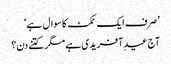
’صرف ایک ٹکٹ کا سوال ہے‘
آج عیدِ آفریدی ہے مگر کتنے دن؟